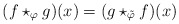
\begin{gather*}(f\star_\varphi g)(x)=(g\star_{\tilde{\varphi}}f)(x)\end{gather*}